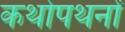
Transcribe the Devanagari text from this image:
कथोपथनों